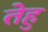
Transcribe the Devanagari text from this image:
तेहु